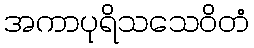
အကာပုရိသသေဝိတံ